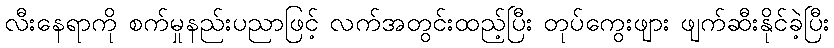
လီးနေရာကို စက်မှုနည်းပညာဖြင့် လက်အတွင်းထည့်ပြီး တုပ်ကွေးဖျား ဖျက်ဆီးနိုင်ခဲ့ပြီး